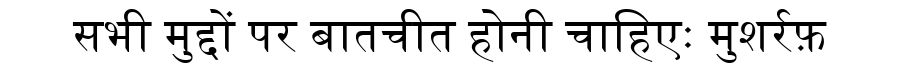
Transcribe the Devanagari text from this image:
सभी मुद्दों पर बातचीत होनी चाहिएः मुशर्रफ़